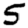
Digit: 5